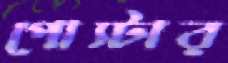
পোস্টার